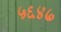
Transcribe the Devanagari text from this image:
५६४७